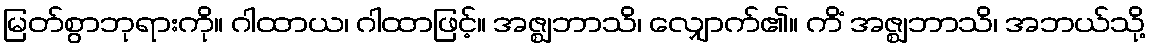
မြတ်စွာဘုရားကို။ ဂါထာယ၊ ဂါထာဖြင့်။ အဇ္ဈဘာသိ၊ လျှောက်၏။ ကိံ အဇ္ဈဘာသိ၊ အဘယ်သို့